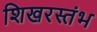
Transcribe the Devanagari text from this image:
शिखरस्तंभ